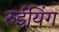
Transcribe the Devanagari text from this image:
रुईयिंग